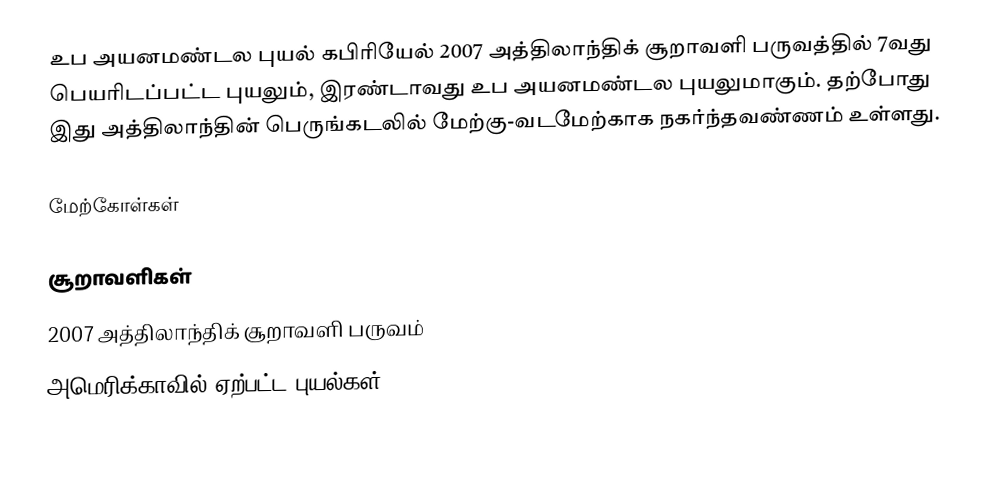
உப அயனமண்டல புயல் கபிரியேல் 2007 அத்திலாந்திக் சூறாவளி பருவத்தில் 7வது பெயரிடப்பட்ட புயலும், இரண்டாவது உப அயனமண்டல புயலுமாகும். தற்போது இது அத்திலாந்தின் பெருங்கடலில் மேற்கு-வடமேற்காக நகர்ந்தவண்ணம் உள்ளது.

மேற்கோள்கள்

சூறாவளிகள்
2007 அத்திலாந்திக் சூறாவளி பருவம்
அமெரிக்காவில் ஏற்பட்ட புயல்கள்